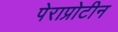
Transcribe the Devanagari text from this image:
पेराप्रोटीन